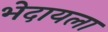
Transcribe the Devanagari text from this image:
भेदायला